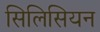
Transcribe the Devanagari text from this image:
सिलिसियन